Trukikaitis_Postimees, lk 50
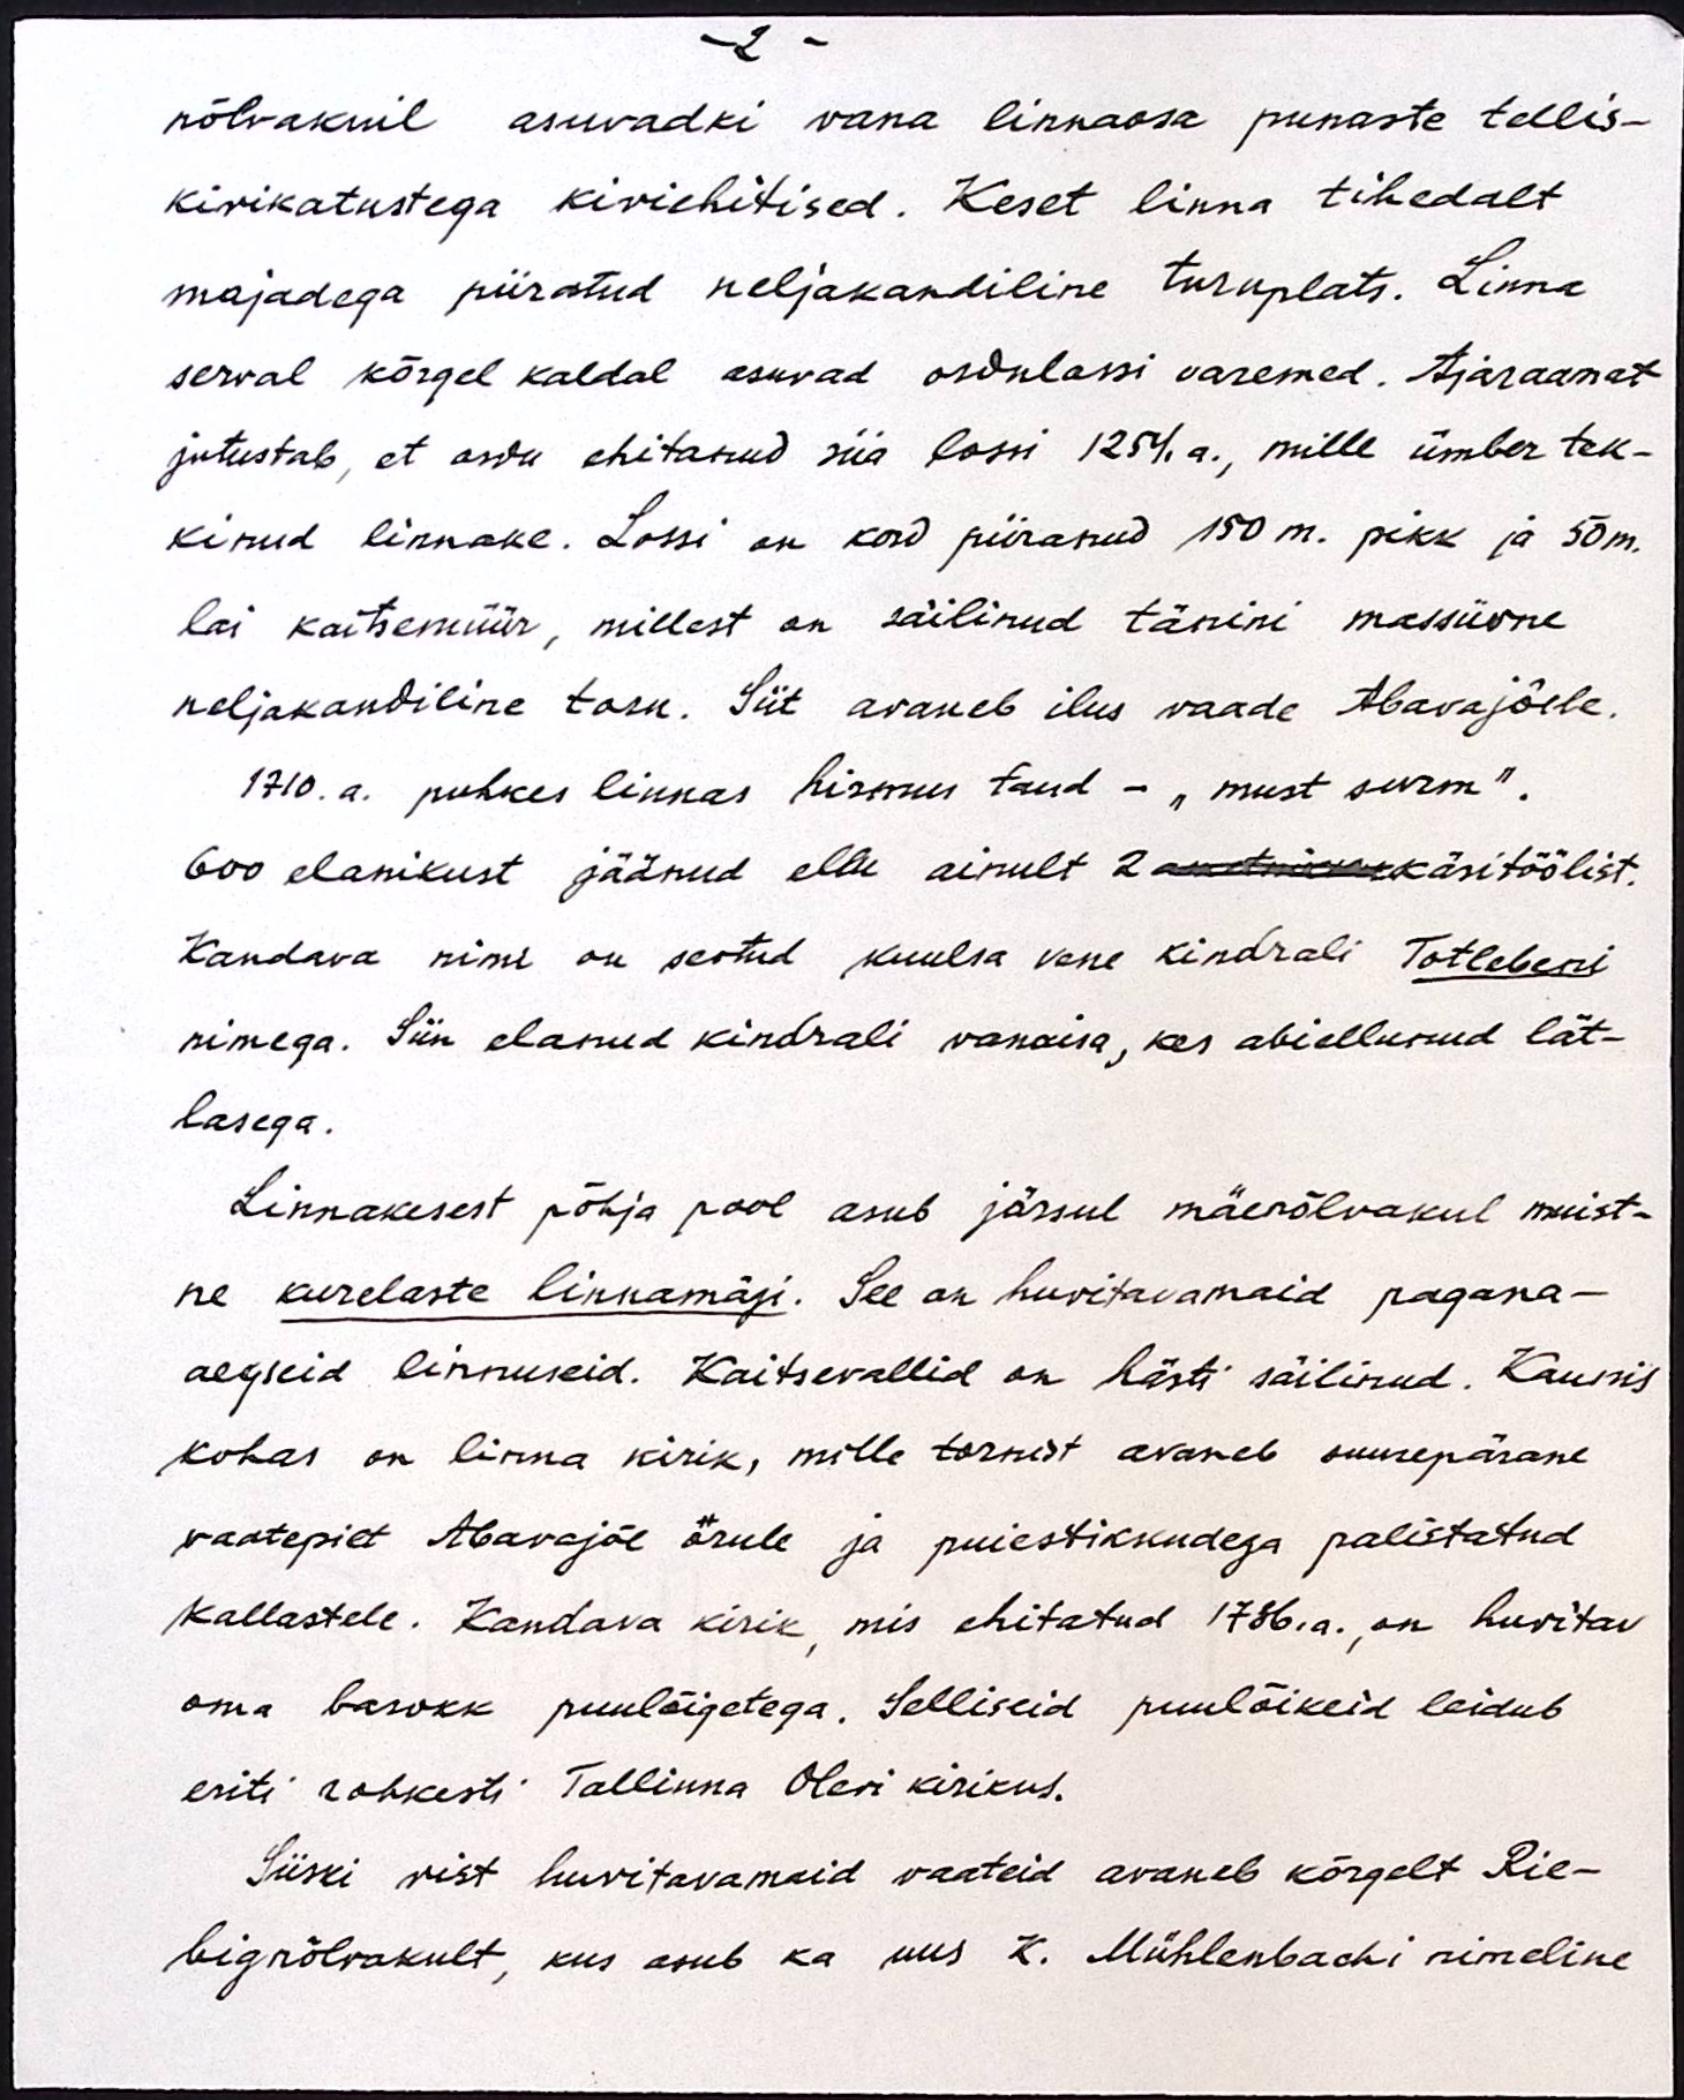
- 2 -
nõlvakuil asuvadki vana linnaosa punaste tellis-
kivikatustega kiviehitised. Keset linna tihedalt
majadega piiratud neljakandiline turuplats. Linna
serval kõrgel kaldal asuvad ordulossi varemed. Ajaraamat
jutustab, et ordu ehitanud siia lossi 1254.a., mille ümber tek-
kinud linnake. Lossi on kord piiranud 150 m. pikk ja 50 m.
lai kaitsemüür, millest on säilinud tänini massiivne
neljakandiline torn. Siit avaneb ilus vaade Abavajõele.
1710. a. puhkes linnas hirmus taud - "must surm".
600 elanikust jäänud ellu ainult 2 ametnikku käsitöölist.
Kandava nimi on seotud kuulsa vene kindrali Totlebeni
nimega. Siin elanud kindrali vanaisa, kes abiellunud lät-
lasega.
Linnakesest põhja pool asub järsul mäenõlvakul muist-
ne kurelaste linnamägi. See on huvitavamaid pagana-
aegseid linnuseid. Kaitsevallid on hästi säilinud. Kaunis
kohas on linna kirik, mille tornist avaneb suurepärane
vaatepilt Abavajõe orule ja puiestikkudega palistatud
kallastele. Kandava kirik, mis ehitatud 1786.a., on huvitav
oma barokk puulõigetega. Selliseid puulõikeid leidub
eriti rohkesti Tallinna Olevi kirikus.
Siiski vist huvitavamaid vaateid avaneb kõrgelt Rie-
big nõlvakult, kus asub ka uus K. Mühlenbachi nimeline